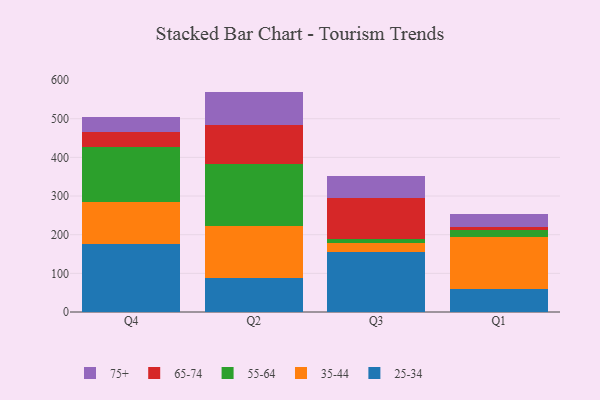
{"axis": {"x": "Quarter", "y": "Energy Usage (MWh)"}, "legend": ["25-34", "35-44", "55-64", "65-74", "75+"], "data": [{"x": "Q4", "y": 177.0, "type": "25-34"}, {"x": "Q4", "y": 107.5, "type": "35-44"}, {"x": "Q4", "y": 143.1, "type": "55-64"}, {"x": "Q4", "y": 38.8, "type": "65-74"}, {"x": "Q4", "y": 39.3, "type": "75+"}, {"x": "Q2", "y": 88.9, "type": "25-34"}, {"x": "Q2", "y": 134.5, "type": "35-44"}, {"x": "Q2", "y": 160.2, "type": "55-64"}, {"x": "Q2", "y": 101.2, "type": "65-74"}, {"x": "Q2", "y": 85.4, "type": "75+"}, {"x": "Q3", "y": 154.4, "type": "25-34"}, {"x": "Q3", "y": 24.5, "type": "35-44"}, {"x": "Q3", "y": 9.7, "type": "55-64"}, {"x": "Q3", "y": 106.7, "type": "65-74"}, {"x": "Q3", "y": 55.8, "type": "75+"}, {"x": "Q1", "y": 60.2, "type": "25-34"}, {"x": "Q1", "y": 134.1, "type": "35-44"}, {"x": "Q1", "y": 18.0, "type": "55-64"}, {"x": "Q1", "y": 7.2, "type": "65-74"}, {"x": "Q1", "y": 33.0, "type": "75+"}]}